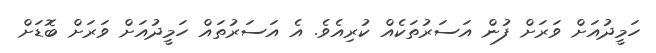
ހަމީދުއަށް ވަރަށް ފުން އަސަރުތަކެއް ކުރިއެވެ. އެ އަސަރުތައް ހަމީދުއަށް ވަރަށް ބޮޑަށް